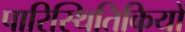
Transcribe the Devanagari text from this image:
पारिस्थितिकियों